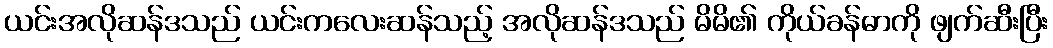
ယင်းအလိုဆန်ဒသည် ယင်းကလေးဆန်သည့် အလိုဆန်ဒသည် မိမိ၏ ကိုယ်ခန်ဓာကို ဖျက်ဆီးပြီး